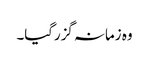
وہ زمانہ گزرگیا۔